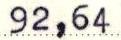
92,64